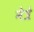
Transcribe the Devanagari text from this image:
नेत्रे